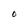
Character: O